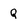
Character: Q